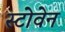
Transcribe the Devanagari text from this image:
स्टोवेन